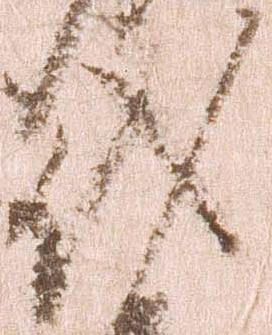
代